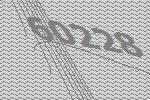
60228